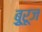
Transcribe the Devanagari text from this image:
बुूरूज